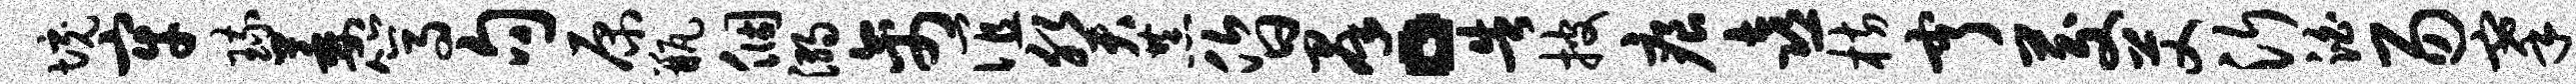
境牢琉萎篙句原瓶个溺禽谊癸恭昏群。告披痕喜枋亨茭艾沂泊易搴